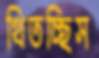
থিতচ্ছিস